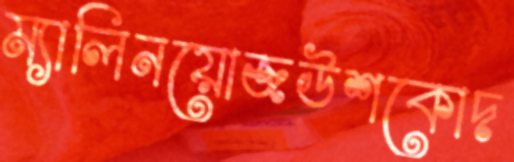
ম্যালিনয়োজউশকোদ